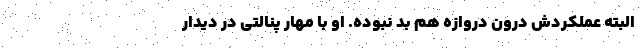
البته عملکردش درون دروازه هم بد نبوده. او با مهار پنالتی در دیدار